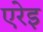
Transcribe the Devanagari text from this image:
एरेइ